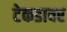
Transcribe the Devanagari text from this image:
टेकडावर